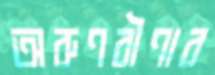
অরুণবীণার